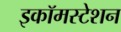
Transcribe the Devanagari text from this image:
इकॉमस्टेशन